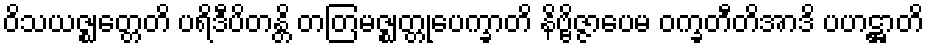
ဝိသယဇ္ဈတ္တေတိ ပရိဒီပိတန္တိ တတြမဇ္ဈတ္တုပေက္ခာတိ နိဗ္ဗိဇ္ဇာပေမ ဝက္ခတီတိအာဒိ ပဟဋ္ဌာတိ